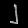
Digit: ၂